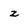
Character: z